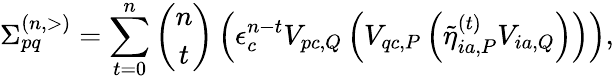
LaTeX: \Sigma_{pq}^{(n,>)}=\sum_{t=0}^{n}\binom{n}{t}\left(\epsilon_{c}^{n-t}V_{pc,Q}\left(V_{qc,P}\left({\tilde{\eta}}_{ia,P}^{(t)}V_{ia,Q}\right)\right)\right),